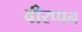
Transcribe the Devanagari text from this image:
वीरप्पन